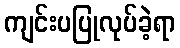
ကျင်းပပြုလုပ်ခဲ့ရာ